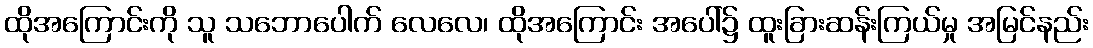
ထိုအကြောင်းကို သူ သဘောပေါက် လေလေ၊ ထိုအကြောင်း အပေါ်၌ ထူးခြားဆန်းကြယ်မှု အမြင်နည်း